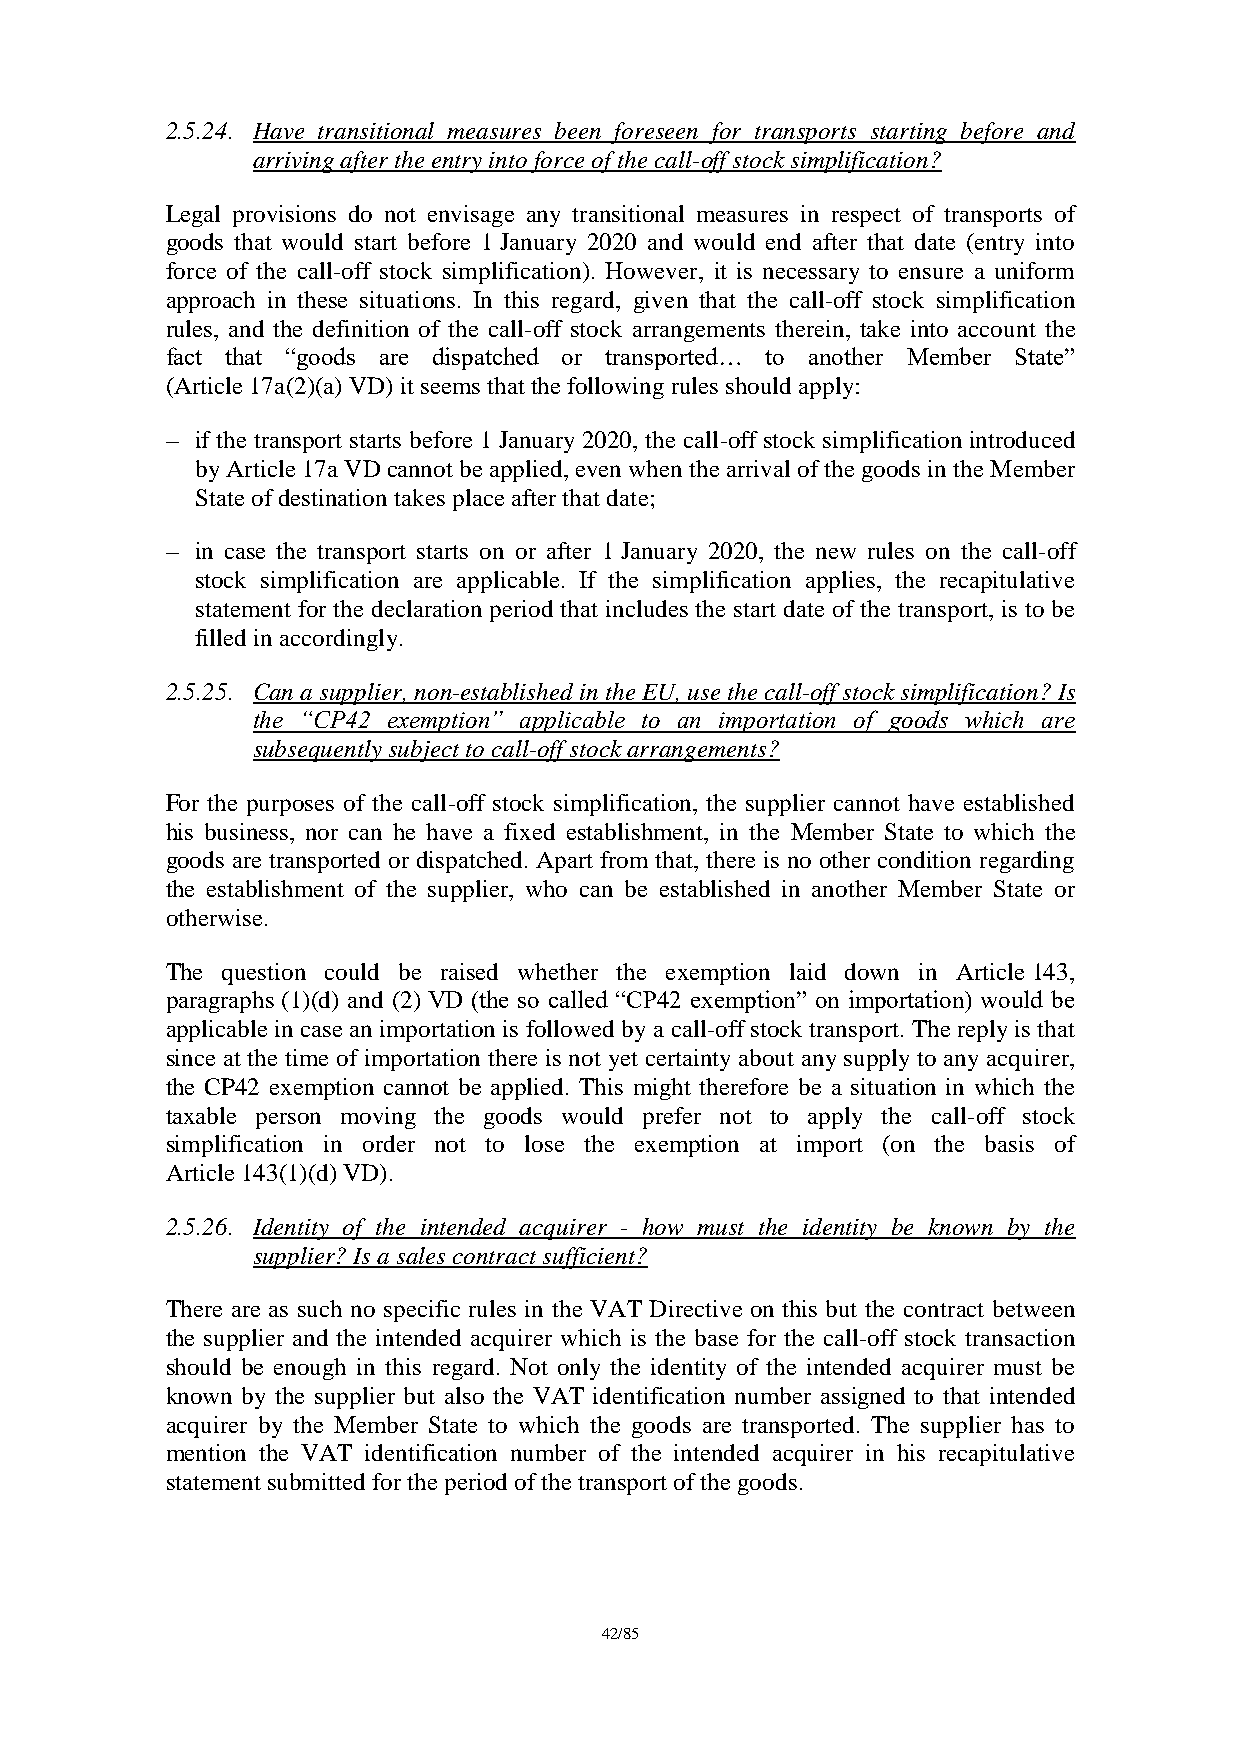
2.5.24. Have transitional measures been foreseen for transports starting before and
 arriving after the entry into force of the call-off stock simplification?
 Legal provisions do not envisage any transitional measures in respect of transports of
 goods that would start before 1 January 2020 and would end after that date (entry into
 force of the call-off stock simplification). However, it is necessary to ensure a uniform
 approach in these situations. In this regard, given that the call-off stock simplification
 rules, and the definition of the call-off stock arrangements therein, take into account the
 fact that “goods are dispatched or transported… to another Member State”
 (Article 17a(2)(a) VD) it seems that the following rules should apply:
 – if the transport starts before 1 January 2020, the call-off stock simplification introduced
 by Article 17a VD cannot be applied, even when the arrival of the goods in the Member
 State of destination takes place after that date;
 – in case the transport starts on or after 1 January 2020, the new rules on the call-off
 stock simplification are applicable. If the simplification applies, the recapitulative
 statement for the declaration period that includes the start date of the transport, is to be
 filled in accordingly.
 2.5.25. Can a supplier, non-established in the EU, use the call-off stock simplification? Is
 the “CP42 exemption” applicable to an importation of goods which are
 subsequently subject to call-off stock arrangements?
 For the purposes of the call-off stock simplification, the supplier cannot have established
 his business, nor can he have a fixed establishment, in the Member State to which the
 goods are transported or dispatched. Apart from that, there is no other condition regarding
 the establishment of the supplier, who can be established in another Member State or
 otherwise.
 The question could be raised whether the exemption laid down in Article 143,
 paragraphs (1)(d) and (2) VD (the so called “CP42 exemption” on importation) would be
 applicable in case an importation is followed by a call-off stock transport. The reply is that
 since at the time of importation there is not yet certainty about any supply to any acquirer,
 the CP42 exemption cannot be applied. This might therefore be a situation in which the
 taxable person moving the goods would prefer not to apply the call-off stock
 simplification in order not to lose the exemption at import (on the basis of
 Article 143(1)(d) VD).
 2.5.26. Identity of the intended acquirer - how must the identity be known by the
 supplier? Is a sales contract sufficient?
 There are as such no specific rules in the VAT Directive on this but the contract between
 the supplier and the intended acquirer which is the base for the call-off stock transaction
 should be enough in this regard. Not only the identity of the intended acquirer must be
 known by the supplier but also the VAT identification number assigned to that intended
 acquirer by the Member State to which the goods are transported. The supplier has to
 mention the VAT identification number of the intended acquirer in his recapitulative
 statement submitted for the period of the transport of the goods.
 42/85